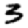
Digit: 3